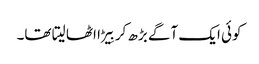
کوئی ایک آگے بڑھ کر بِیڑا اٹھا لیتا تھا۔